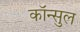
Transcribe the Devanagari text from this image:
कॉन्सुल